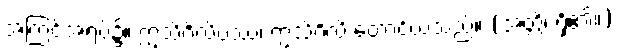
အကြင်အရပ်၌။ ဣသိဂိလိပဿ၊ ဣသိဂိလိ တောင်ယံသည်။ (အတ္ထိ၊ ရှိ၏။)